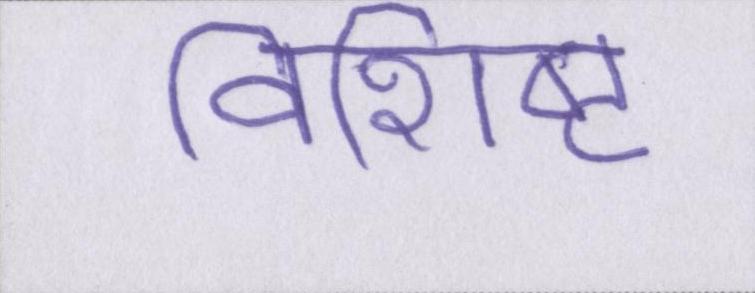
विशिष्ट